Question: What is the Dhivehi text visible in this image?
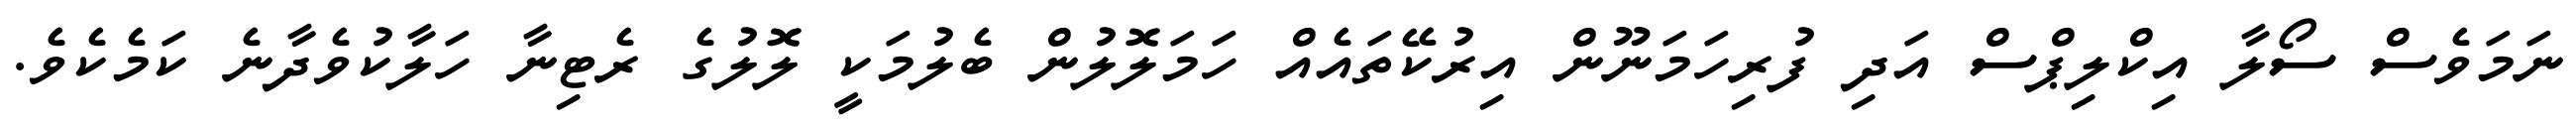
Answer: ނަމަވެސް ސޯލާ އިކްލިޕްސް އަދި ފުރިހަމަނޫން އިރުކޭތައެއް ހަމަލޮލުން ބެލުމަކީ ލޮލުގެ ރެޓިނާ ހަލާކުވެދާނެ ކަމެކެވެ.